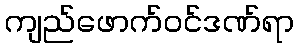
ကျည်ဖောက်ဝင်ဒဏ်ရာ